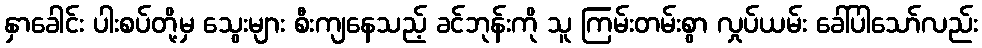
နှာခေါင်း ပါးစပ်တို့မှ သွေးများ စီးကျနေသည့် ခင်ဘုန်းကို သူ ကြမ်းတမ်းစွာ လှုပ်ယမ်း ခေါ်ပါသော်လည်း